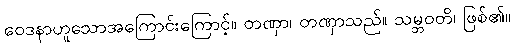
ဝေဒနာဟူသောအကြောင်းကြောင့်။ တဏှာ၊ တဏှာသည်။ သမ္ဘဝတိ၊ ဖြစ်၏။